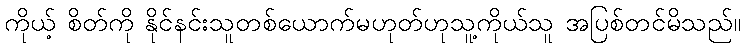
ကိုယ့် စိတ်ကို နိုင်နင်းသူတစ်ယောက်မဟုတ်ဟုသူ့ကိုယ်သူ အပြစ်တင်မိသည်။